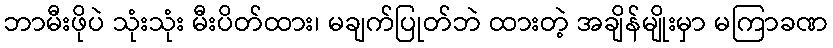
ဘာမီးဖိုပဲ သုံးသုံး မီးပိတ်ထား၊ မချက်ပြုတ်ဘဲ ထားတဲ့ အချိန်မျိုးမှာ မကြာခဏ